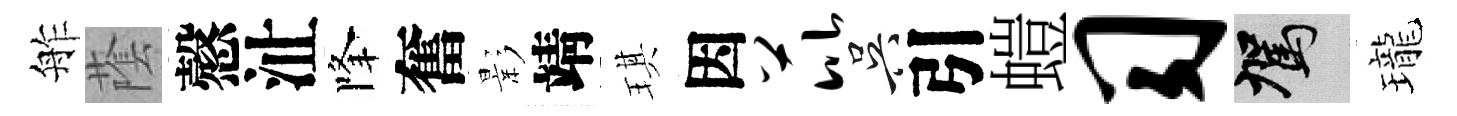
舴䕃慤沚降奮影靖琪因芘吴引螘习駕瓏